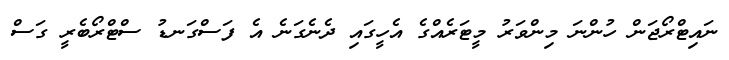
ނައިޓްރޯޖަން ހުންނަ މިންވަރު މީޓަރެއްގެ އެހީގައި ދެނެގަނެ އެ ފަސްގަނޑު ސްޓްރޯބެރީ ގަސް